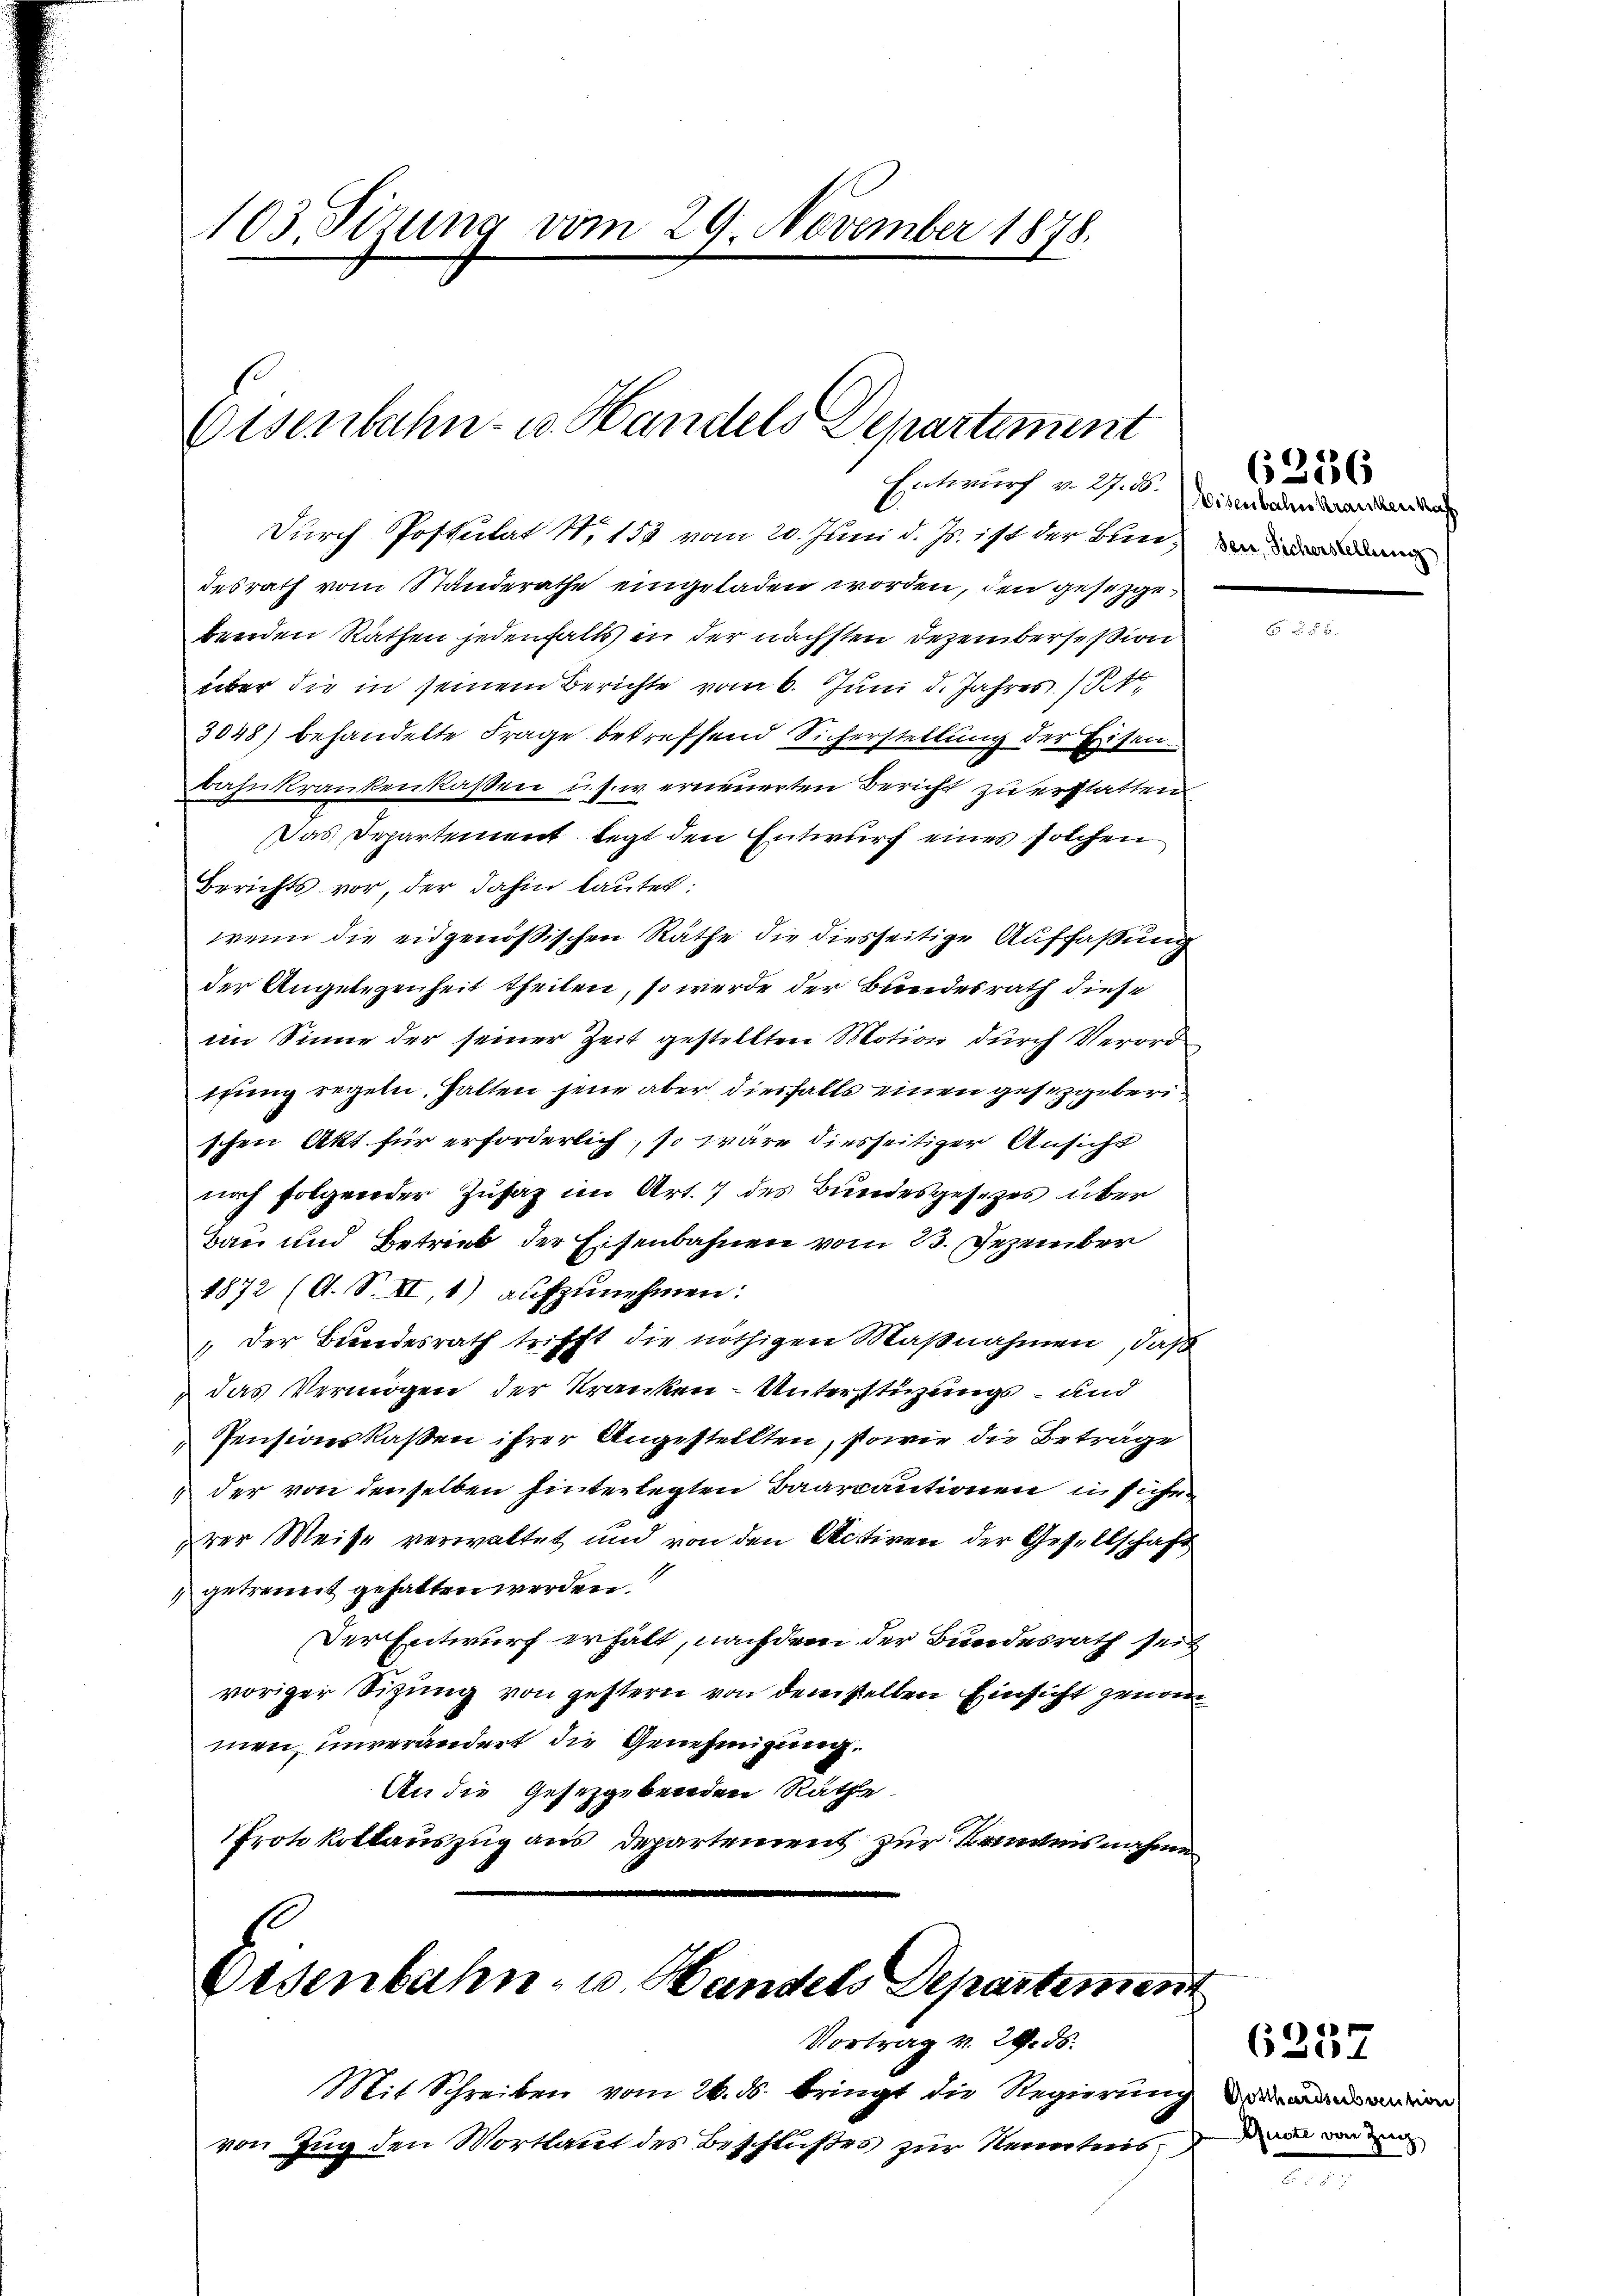
103. Sizung vom 29. November 1878.

Eisenbahn- u. Handels Departement
Entwurf u. 2. d. Eisenbahn Kranken das

Durch Postulat N. 153 vom 20. Juni d. Js. ist der Bundesrath vom Standerathe eingeladen worden, den gesetzgebenden Räthen jedenfalls in der nächsten Dezembersession
über die in seinem Berichte vom 6. Juni d. Jahres St.
3048) behandelte Frage betreffend Sichersteilung der Eisen.
bahnkrankenkassen u.s.w. erneuerten Bericht zu erstatten
Das Departement legt den Entwurf eines solchen
Berichts vor, der dahin lautet:
wenn die eidgenößischen Räthe die diesseitige Auffaßung
der Angelegenheit theilen, so werde der Bundesrath diese
im Sinne der seiner Zeit gestellten Motion durch Verord
ttung regeln, halten jene aber diesfalls einen gesetzgeberischen Akt für erforderlich, so wäre diesseitiger Ansicht
noch folgender Zusaz im Art. 7 des Bundesgesezes über
Bau und Betrieb der Eisenbahnen vom 23. Dezember
1872 (O. S. II, 1) aufzunehmen:
„der Bundesrath trifft die nöthigen Maßnahmen, daß
das Vermögen der Kranken - Unterstüzungs- und
Pensionskassen ihrer Angestellten, sowie die Beträge
der von denselben hinterlegten Baarcautionen in sichen
rer Weise verwaltet und von den Activen der Gesellschaft
 getrennt gehalten werden.
Der Entwurf erhält, nachdem der Bundesrath seit
voriger Sitzung von gestern von demselben Einsicht genom
men, unverändert die Genehmigung.
An die Gesetzgebenden Räthe
Protokollauszug aus Departement zur Kenntnisnahme

Eisenbahn- u. Handels Departement
Vortrag v. 29. ds.

Mit Schreiben vom 26. ds. bringt die Regierung
von Zug den Wortlaut des Beschlußes zur Kenntnis

63336

Gotthardserbrention
Ruste von Zug,

6257

e